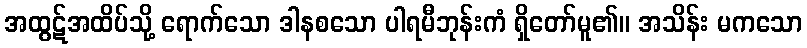
အထွဋ်အထိပ်သို့ ရောက်သော ဒါနစသော ပါရမီဘုန်းကံ ရှိတော်မူ၏။ အသိန်း မကသော